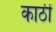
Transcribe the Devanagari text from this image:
काठीं